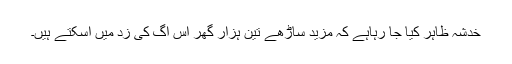
خدشہ ظاہر کیا جا رہاہے کہ مزید ساڑھے تین ہزار گھر اس آگ کی زد میں آسکتے ہیں۔